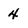
Character: 4